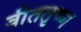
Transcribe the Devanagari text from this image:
वीततृष्ण